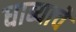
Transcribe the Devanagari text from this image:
धाब्याचे